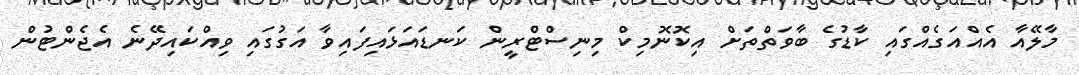
މާލޭއާ އެއްއަގެއްގައި ކާޑުގެ ބާވަތްތަށް އިކޮނޮމިކް މިނިސްޓްރީން ކަނޑައަޅައިފައިވާ އަގުގައި ވިއްކައިދޭނެ އެޖެންޓުން